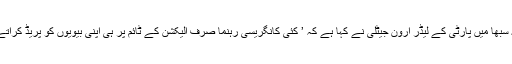
راجیہ سبھا میں پارٹی کے لیڈر ارون جیٹلی نے کہا ہے کہ ’ کئی کانگریسی رہنما صرف الیکشن کے ٹائم پر ہی اپنی بیویوں کو پریڈ کراتے ہیں!